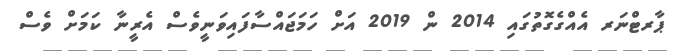
ޕާރޓްނަރ އެއްގެގޮތުގައި 2014 ން 2019 އަށް ހަމަޖައްސާފައިވަނީވެސް އެރީނާ ކަމަށް ވެސް